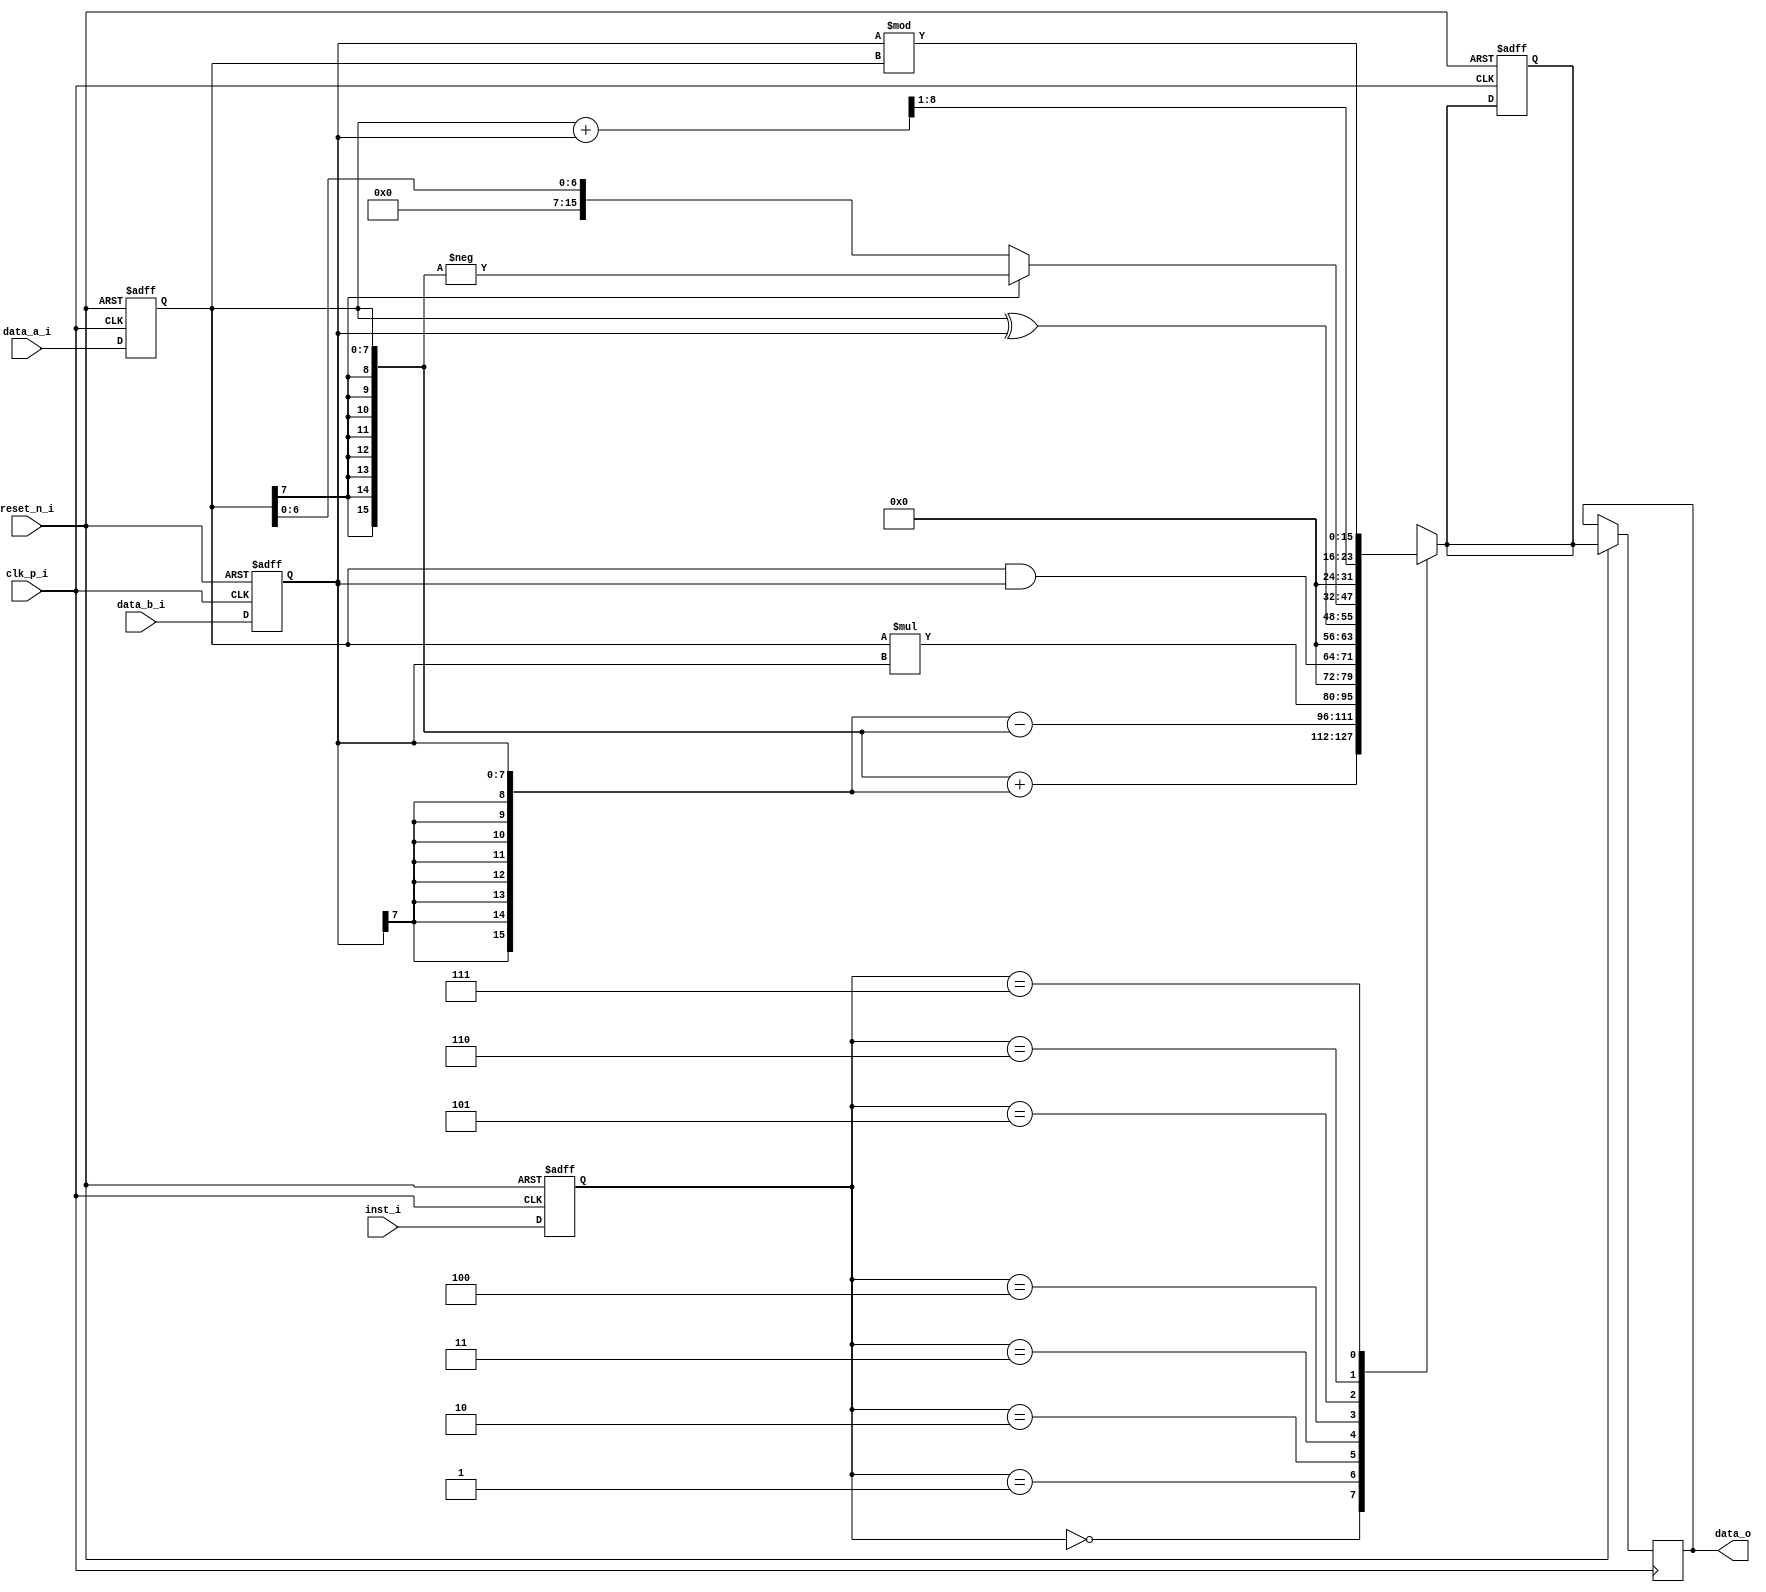
module alu(
             clk_p_i,
             reset_n_i,
             data_a_i,
             data_b_i,
             inst_i,
             data_o
             );
  /* ============================================ */
      input           clk_p_i;
      input           reset_n_i;
      input   [7:0]   data_a_i;
      input   [7:0]   data_b_i;
      input   [2:0]   inst_i;

      output reg  [15:0]  data_o;

      reg     [15:0]   ALU_d2_w;
      reg     [7:0]    data_a_d1_r;
      reg     [7:0]    data_b_d1_r;
      reg     [2:0]    inst_d1_r;
	  reg     [15:0]   A, B;


  /* ============================================ */

      always@ (*)
      begin
	  	 A={{8{data_a_d1_r[7]}},data_a_d1_r};
         B={{8{data_b_d1_r[7]}},data_b_d1_r};
          case(inst_d1_r)
            3'b000:    ALU_d2_w = A + B;
            3'b001:    ALU_d2_w = B - A;
            3'b010:    ALU_d2_w = data_a_d1_r * data_b_d1_r;
            3'b011:    ALU_d2_w = data_a_d1_r & data_b_d1_r;
            3'b100:    ALU_d2_w = data_a_d1_r ^ data_b_d1_r;
            3'b101:    ALU_d2_w = (~A[15])?A:-A;
            3'b110:    ALU_d2_w = (data_a_d1_r + data_b_d1_r) >> 1;
            3'b111:    ALU_d2_w = (data_b_d1_r % data_a_d1_r);
            default:   ALU_d2_w = data_a_d1_r;
          endcase
      end
	
  /* ============================================ */
      always@(posedge clk_p_i or negedge reset_n_i)
      begin
          if (~reset_n_i)
          begin
			data_a_d1_r <= 8'd0;
			data_b_d1_r <= 8'd0;
			inst_d1_r   <= 3'd0;
			ALU_d2_w    <= 16'd0;
          end
          else
          begin
			data_a_d1_r  <= data_a_i;
			data_b_d1_r  <= data_b_i;
			inst_d1_r    <= inst_i;
            data_o <= ALU_d2_w;
          end
      end
  /* ============================================ */

endmodule